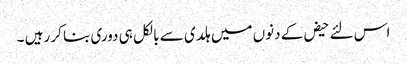
اس لئے حیض کے دنوں میں ہلدی سے بالکل ہی دوری بنا کر رہیں ۔